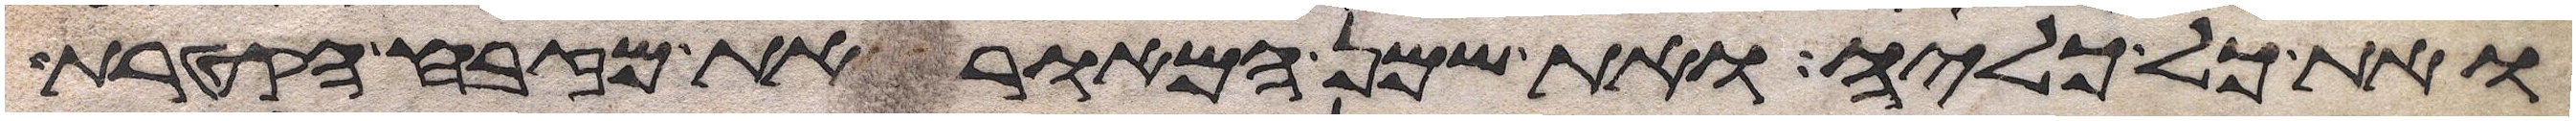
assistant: ואת כל כליה ואת שמן המאור את מזבח הקטרת